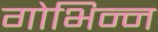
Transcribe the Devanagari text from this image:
गोभिन्न